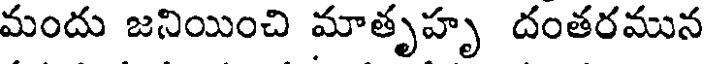
మందు జనియించి మాతృహృ దంతరమున